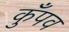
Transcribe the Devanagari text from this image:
कुँपव